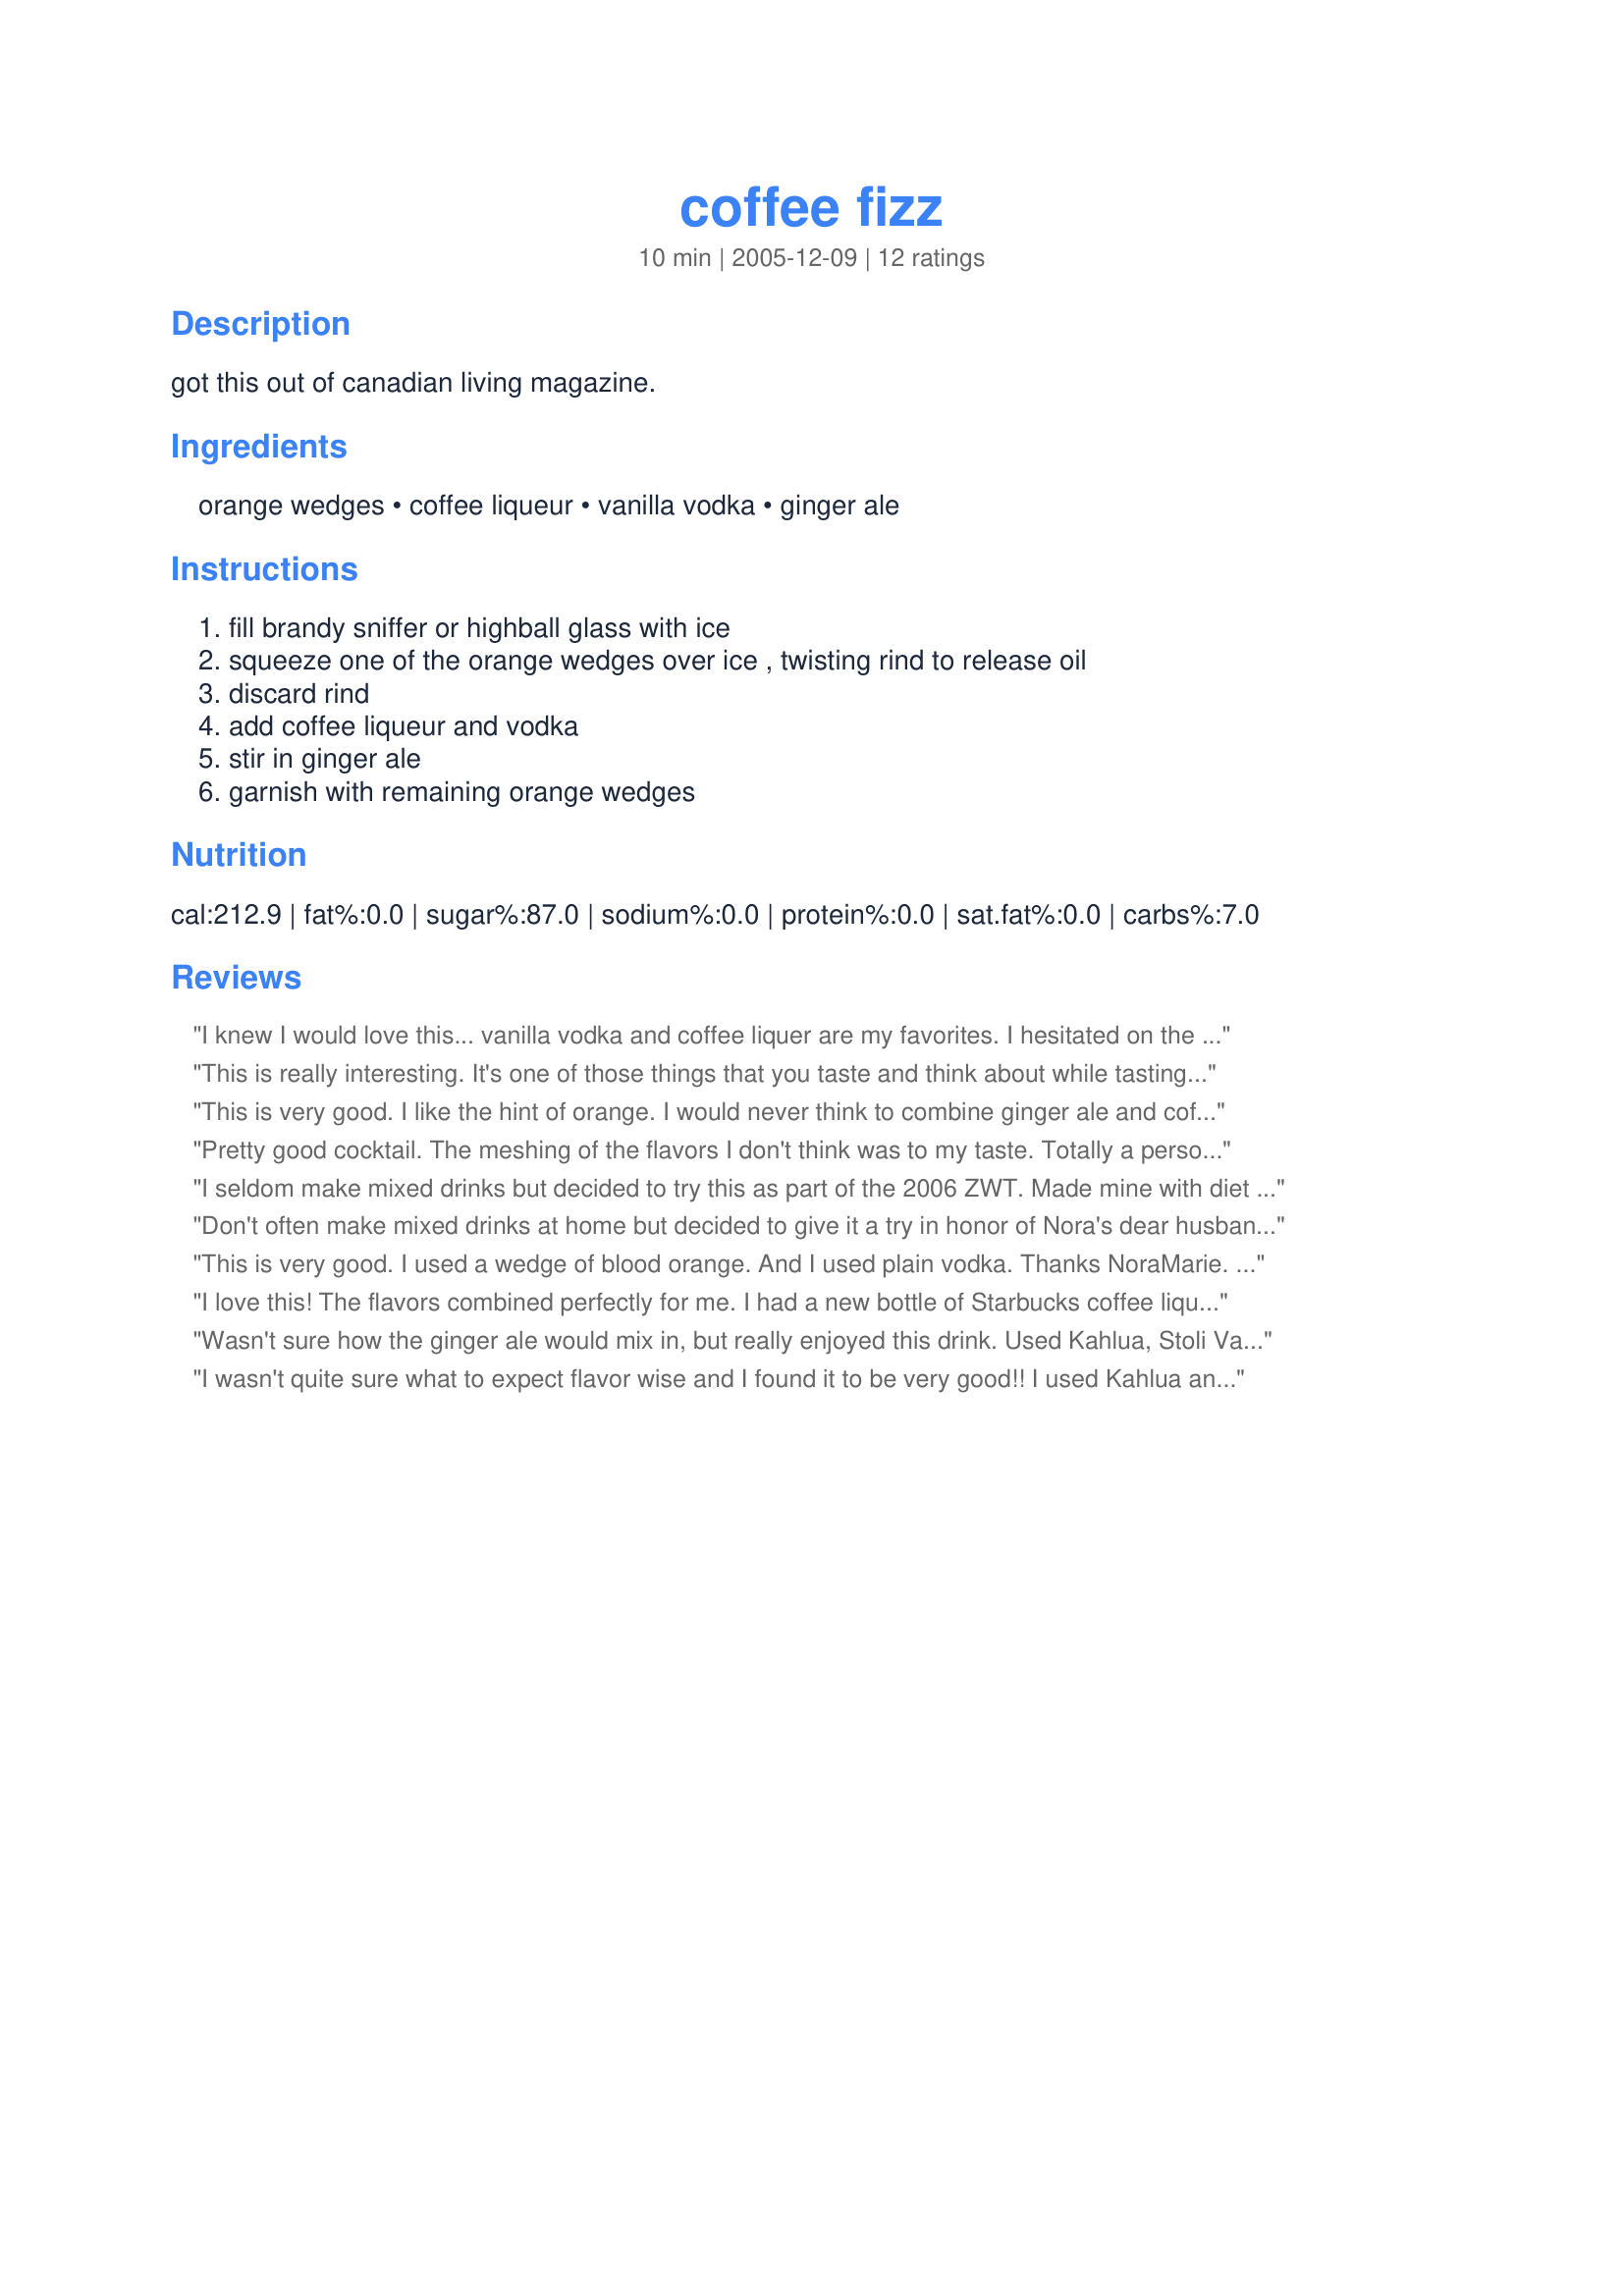
coffee fizz
Preparation time: 10 minutes

got this out of canadian living magazine.

Ingredients:
orange wedges, coffee liqueur, vanilla vodka, ginger ale

Steps:
fill brandy sniffer or highball glass with ice, squeeze one of the orange wedges over ice , twisting rind to release oil, discard rind, add coffee liqueur and vodka, stir in ginger ale, garnish with remaining orange wedges

Reviews:
I knew I would love this... vanilla vodka and coffee liquer are my favorites. I hesitated on the ginger ale (not a big fan) but it worked! Nice balance with the orange too. Thanks for sharing (Made for Bevy Tag 08) Cheers ~V
This is really interesting. It's one of those things that you taste and think about while tasting. My conclusion was that I really enjoyed it. I used 1/2 the liquor ask for and that suited me pretty well. If you like coffee this is something you should try.
This is very good. I like the hint of orange. I would never think to combine ginger ale and coffee liqueur, but it definitely works. I used plain vodka but I am going to try vanilla vodka next time. I think that would be delicious also! Thanks.
Pretty good cocktail. The meshing of the flavors I don't think was to my taste. Totally a personal preference, others have enjoyed it greatly.
I seldom make mixed drinks but decided to try this as part of the 2006 ZWT. Made mine with diet ginger ale, Kahlua (sp?) and Grey Goose vodka. This is a bit like a black Russian with a slightly sweeter taste and a light hint of citrus. The orange was really quite nice and I would definitely do it again. Don't feel qualified to rate however, though I would say if you like coffee liquer go ahead and try this as you are very likely to enjoy it.
Don't often make mixed drinks at home but decided to give it a try in honor of Nora's dear husband Ed. I used clementines as that was what I had on hand, Kahlua and regular flavored vodka. The combination worked well with no flavor outdoing the other. Will definitely make again.
This is very good. I used a wedge of blood orange. And I used plain vodka. Thanks NoraMarie. Made for Bevy tag
I love this! The flavors combined perfectly for me. I had a new bottle of Starbucks coffee liqueur to try out and this was a perfect start for it. My ginger ale was Diet Canada Dry. If you wanted to kick this up a notch a bit of chocolate liqueur would be a great addition; would taste like my favorite Cafe Valencia at Starbucks. Mmm! Oh, this was a Pick-A-Chef Spring 2006 choice.
Wasn't sure how the ginger ale would mix in, but really enjoyed this drink. Used Kahlua, Stoli Vanilla, and regular ginger ale. Thanks for sharing the recipe!
I wasn't quite sure what to expect flavor wise and I found it to be very good!! I used Kahlua and plain vodka, but could imagine the vanilla vodka being great also. I enjoyed the flavor of the coffee and orange and then adding the bubbly ginger ale really made for a great drink!!! Thanks for sharing the recipe.
This was a soothing drink. Calming and relaxing! What a way to wind down! I really enjoyed the splash of Orange too!
What an interesting combination! This came together very nicely. I really liked the orange with it too. Thanks for sharing!
